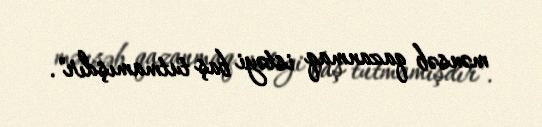
mənsəb qazanmaq istəyi baş tutmamışdır".